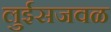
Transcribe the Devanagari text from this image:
लुईसजवळ